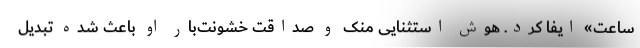
ساعت» ایفا کرد. هوش استثنایی منک و صداقت خشونت‌بار او باعث شده تبدیل